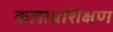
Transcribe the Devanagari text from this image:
कलाप्रशिक्षण